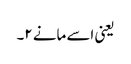
یعنی اسے مانے ۲۔